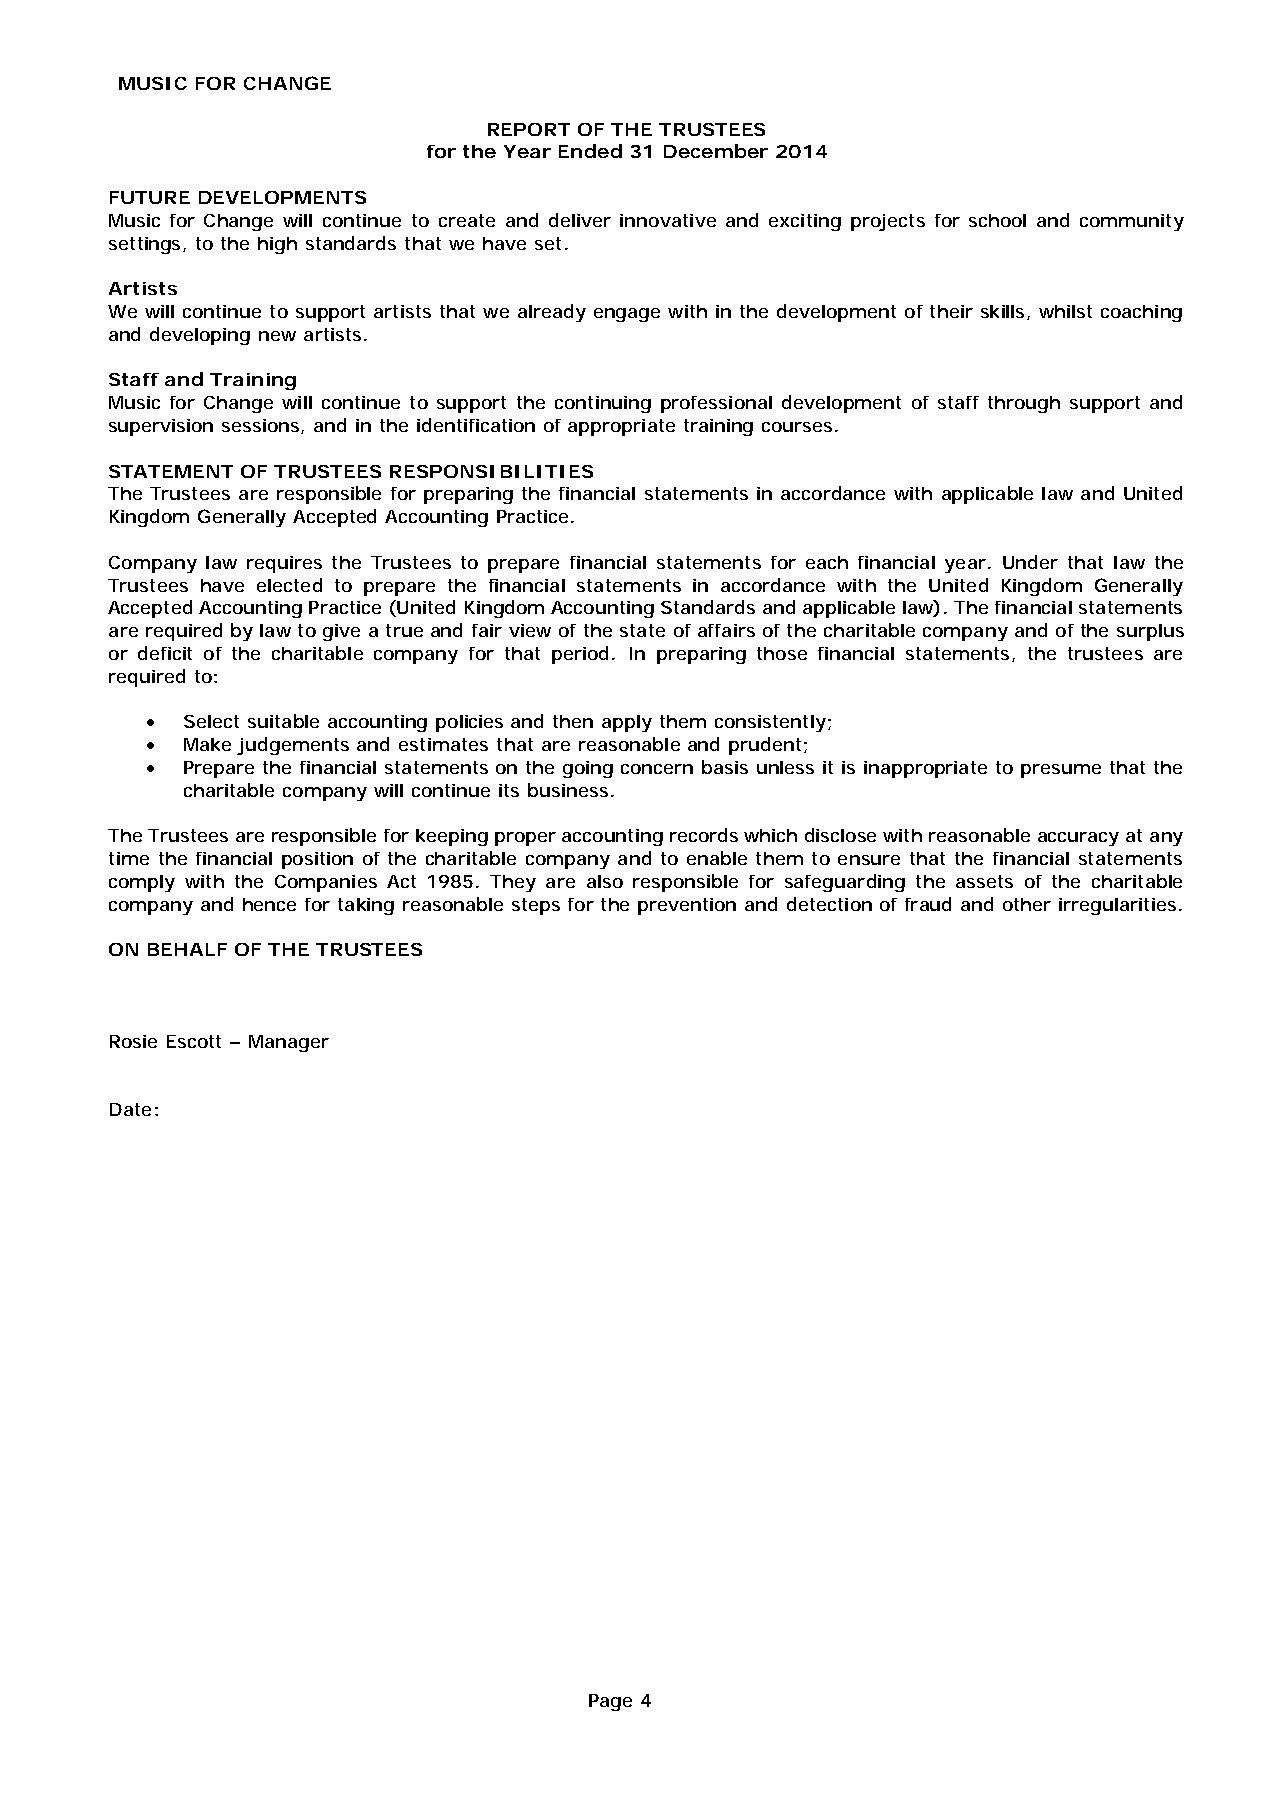
MUSIC FOR CHANGE
 REPORT OF THE TRUSTEES
 for the Year Ended 31 December 2014
 FUTURE DEVELOPMENTS
 Music for Change will continue to create and deliver innovative and exciting projects for school and community
 settings, to the high standards that we have set.
 Artists
 We will continue to support artists that we already engage with in the development of their skills, whilst coaching
 and developing new artists.
 Staff and Training
 Music for Change will continue to support the continuing professional development of staff through support and
 supervision sessions, and in the identification of appropriate training courses.
 STATEMENT OF TRUSTEES RESPONSIBILITIES
 The Trustees are responsible for preparing the financial statements in accordance with applicable law and United
 Kingdom Generally Accepted Accounting Practice.
 Company law requires the Trustees to prepare financial statements for each financial year. Under that law the
 Trustees have elected to prepare the financial statements in accordance with the United Kingdom Generally
 Accepted Accounting Practice (United Kingdom Accounting Standards and applicable law). The financial statements
 are required by law to give a true and fair view of the state of affairs of the charitable company and of the surplus
 or deficit of the charitable company for that period. In preparing those financial statements, the trustees are
 required to:
 • Select suitable accounting policies and then apply them consistently;
 • Make judgements and estimates that are reasonable and prudent;
 • Prepare the financial statements on the going concern basis unless it is inappropriate to presume that the
 charitable company will continue its business.
 The Trustees are responsible for keeping proper accounting records which disclose with reasonable accuracy at any
 time the financial position of the charitable company and to enable them to ensure that the financial statements
 comply with the Companies Act 1985. They are also responsible for safeguarding the assets of the charitable
 company and hence for taking reasonable steps for the prevention and detection of fraud and other irregularities.
 ON BEHALF OF THE TRUSTEES
 Rosie Escott – Manager
 Date:
 Page 4